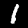
Digit: 1